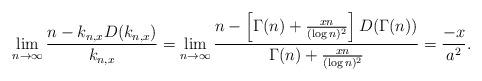
LaTeX: \begin{align*}\lim_{n \to \infty} \frac{n - k_{n,x} D(k_{n,x})}{k_{n,x}}= \lim_{n \to \infty} \frac{n - \left[\Gamma(n) + \frac{xn}{(\log n)^2}\right] D(\Gamma(n))}{\Gamma(n) + \frac{xn}{(\log n)^2}}= \frac{-x}{a^2}.\end{align*}